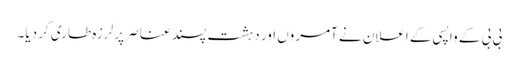
بی بی کے واپسی کے اعلان نے آمروں اور دہشت پسند عناصر پر لرزہ طاری کر دیا۔